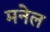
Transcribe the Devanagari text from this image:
मनेल